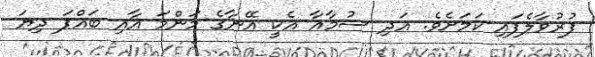
ފުރުވާލެފައި ކަމަށެވެ. އަދި ސުމާއާ އެކީ އޭނާގެ މަންމަ އާއި ބައްޕަ ދިޔަ